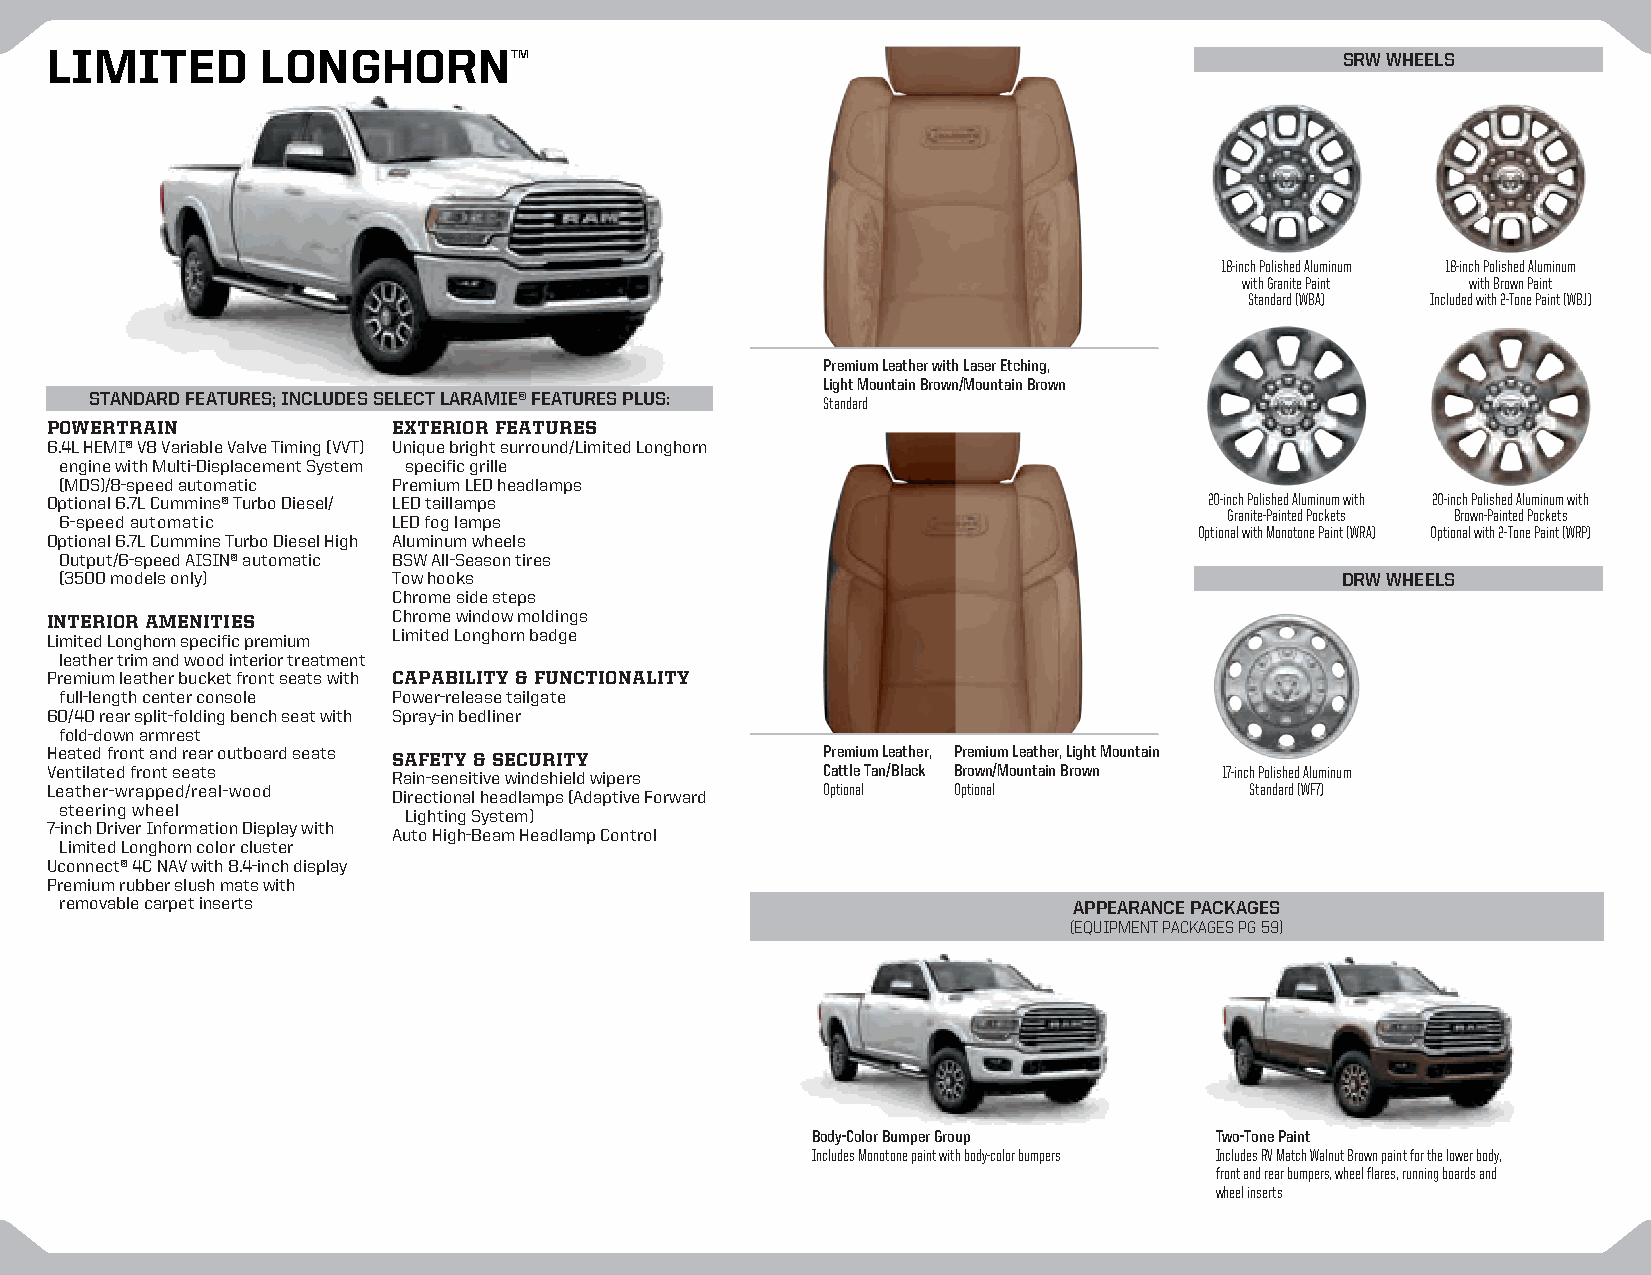
LIMITED       LONGHORNTM
 SRW WHEELS
 18-inch Polished Aluminum 18-inch Polished Aluminum
 with Granite Paint with Brown Paint
 Standard (WBA) Included with 2-Tone Paint (WBJ)
 Premium Leather with Laser Etching,
 Light Mountain Brown/Mountain Brown
 STANDARD FEATURES; INCLUDES SELECT LARAMIE® FEATURES PLUS: Standard
 POWERTRAIN             EXTERIOR FEATURES
 6.4L HEMI® V8 Variable Valve Timing (VVT) Unique bright surround/Limited Longhorn
 engine with Multi-Displacement System specific grille
 (MDS)/8-speed automatic Premium LED headlamps
 Optional 6.7L Cummins® Turbo Diesel/ LED taillamps                           20-inch Polished Aluminum with 20-inch Polished Aluminum with
 6-speed automatic     LED fog lamps                                          Granite-Painted Pockets Brown-Painted Pockets
 Optional with Monotone Paint (WRA) Optional with 2-Tone Paint (WRP)
 Optional 6.7L Cummins Turbo Diesel High Aluminum wheels
 Output/6-speed AISIN® automatic BSW All-Season tires
 (3500 models only)    Tow hooks                                                      DRW WHEELS
 Chrome side steps
 INTERIOR AMENITIES     Chrome window moldings
 Limited Longhorn specific premium Limited Longhorn badge
 leather trim and wood interior treatment
 Premium leather bucket front seats with CAPABILITY & FUNCTIONALITY
 full-length center console Power-release tailgate
 60/40 rear split-folding bench seat with Spray-in bedliner
 fold-down armrest
 Heated front and rear outboard seats SAFETY & SECURITY Premium Leather, Premium Leather, Light Mountain
 Ventilated front seats Rain-sensitive windshield wipers Cattle Tan/Black Brown/Mountain Brown 17-inch Polished Aluminum
 Leather-wrapped/real-wood Directional headlamps (Adaptive Forward Optional Optional Standard (WF7)
 steering wheel         Lighting System)
 7-inch Driver Information Display with Auto High-Beam Headlamp Control
 Limited Longhorn color cluster
 Uconnect® 4C NAV with 8.4-inch display
 Premium rubber slush mats with
 removable carpet inserts                                           APPEARANCE PACKAGES
 (EQUIPMENT PACKAGES PG 59)
 Body-Color Bumper Group   Two-Tone Paint
 Includes Monotone paint with body-color bumpers Includes RV Match Walnut Brown paint for the lower body,
 front and rear bumpers, wheel flares, running boards and
 wheel inserts